Report on the working of the mental hospitals for Indians in Bihar and Orissa - 1925-1929
Year: 1925
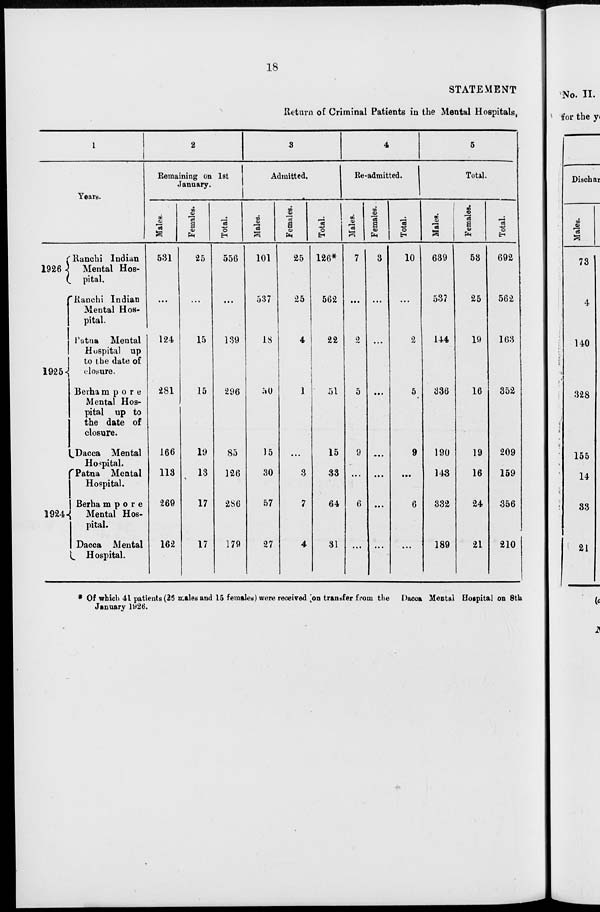
18
STATEMENT
Return of Criminal Patients in the Mental Hospitals,
1
Years.
1926
1925
1924
Ranchi Indian
Mental Hos-
pital.
Ranchi Indian
Mental Hos-
pital.
Patna Mental
Hospital up
to the date of
closure.
Berhampore
Mental Hos-
pital up to
the date of
closure.
Dacca Mental
Hospital.
Patna Mental
Hospital.
Berhampore
Mental Hos-
pital.
Dacca Mental
Hospital.
2
Remaining on 1st
January.
Males.
531
...
124
281
166
113
269
162
Females.
25
...
15
15
19
13
17
17
Total.
556
...
139
296
85
126
286
179
3
Admitted.
Males.
101
537
18
50
15
30
57
27
Females.
25
25
4
1
...
3
7
4
Total.
126*
562
22
51
15
33
64
31
4
Re-admitted.
Males.
7
...
2
5
9
...
6
...
Females.
3
...
...
...
...
...
...
...
Total.
10
...
2
5
9
...
6
...
5
Total.
Males.
639
537
144
336
190
143
332
189
Females.
53
25
19
16
19
16
24
21
Total.
692
562
163
352
209
159
356
210
* Of which 41 patients (25 males and 15 females) were received on transfer from the Dacca Mental Hospital on 8th
January 1926.